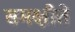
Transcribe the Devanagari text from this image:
समक्षौते